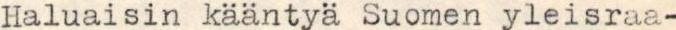
Haluaisin kääntyä Suomen yleisraa-